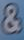
&